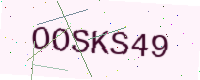
Text: OOSKS49